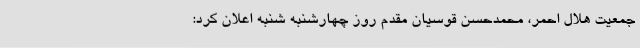
جمعیت هلال احمر، محمدحسن قوسیان مقدم روز چهارشنبه شنبه اعلان کرد: